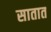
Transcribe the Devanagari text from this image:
सातात